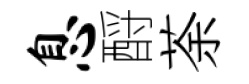
息酹荼